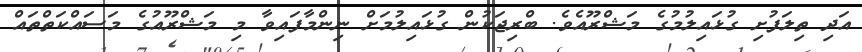
އަދި ތިލަފުށި ގުޅައިލުމުގެ މަޝްރޫއެވެ. ބްރިޖަކުން ގުޅައިލުމަށް ނިންމާފައިވާ މި މަޝްރޫއުގެ މަސައްކަތްތައް